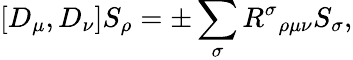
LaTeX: [D_{\mu},D_{\nu}]S_{\rho}=\pm\sum_{\sigma}R^{\sigma}{}_{\rho\mu\nu}S_{\sigma},